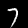
Digit: 7